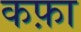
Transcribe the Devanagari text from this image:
कफ़ा